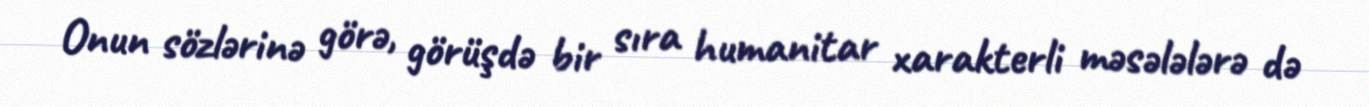
Onun sözlərinə görə, görüşdə bir sıra humanitar xarakterli məsələlərə də